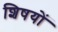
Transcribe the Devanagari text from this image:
शिषयों